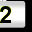
Digit: 2